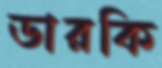
ডারকি